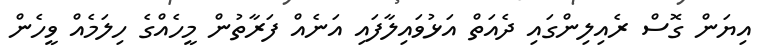
އިޔަން ގޮސް ރެއިލިންގައި ދެއަތް އަޅުވައިލާފައި އަނެއް ފަރާތުން މީހެއްގެ ހިލަމެއް ވީހެން